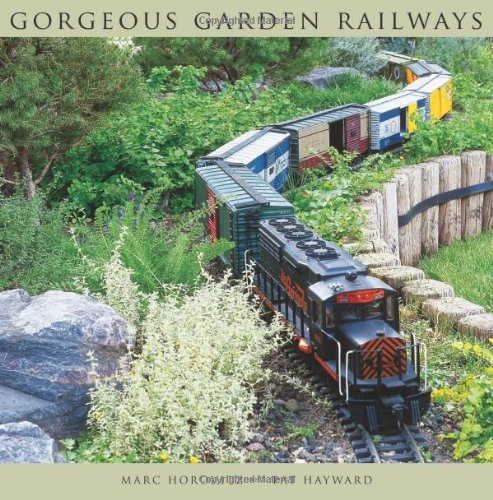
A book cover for Gorgeous Garden Railways; Marc Horovitz; Crafts, Hobbies & Home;